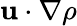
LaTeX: \mathbf{u}\cdot\nabla\rho